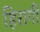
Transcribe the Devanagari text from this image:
हिरागी